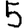
Digit: 5